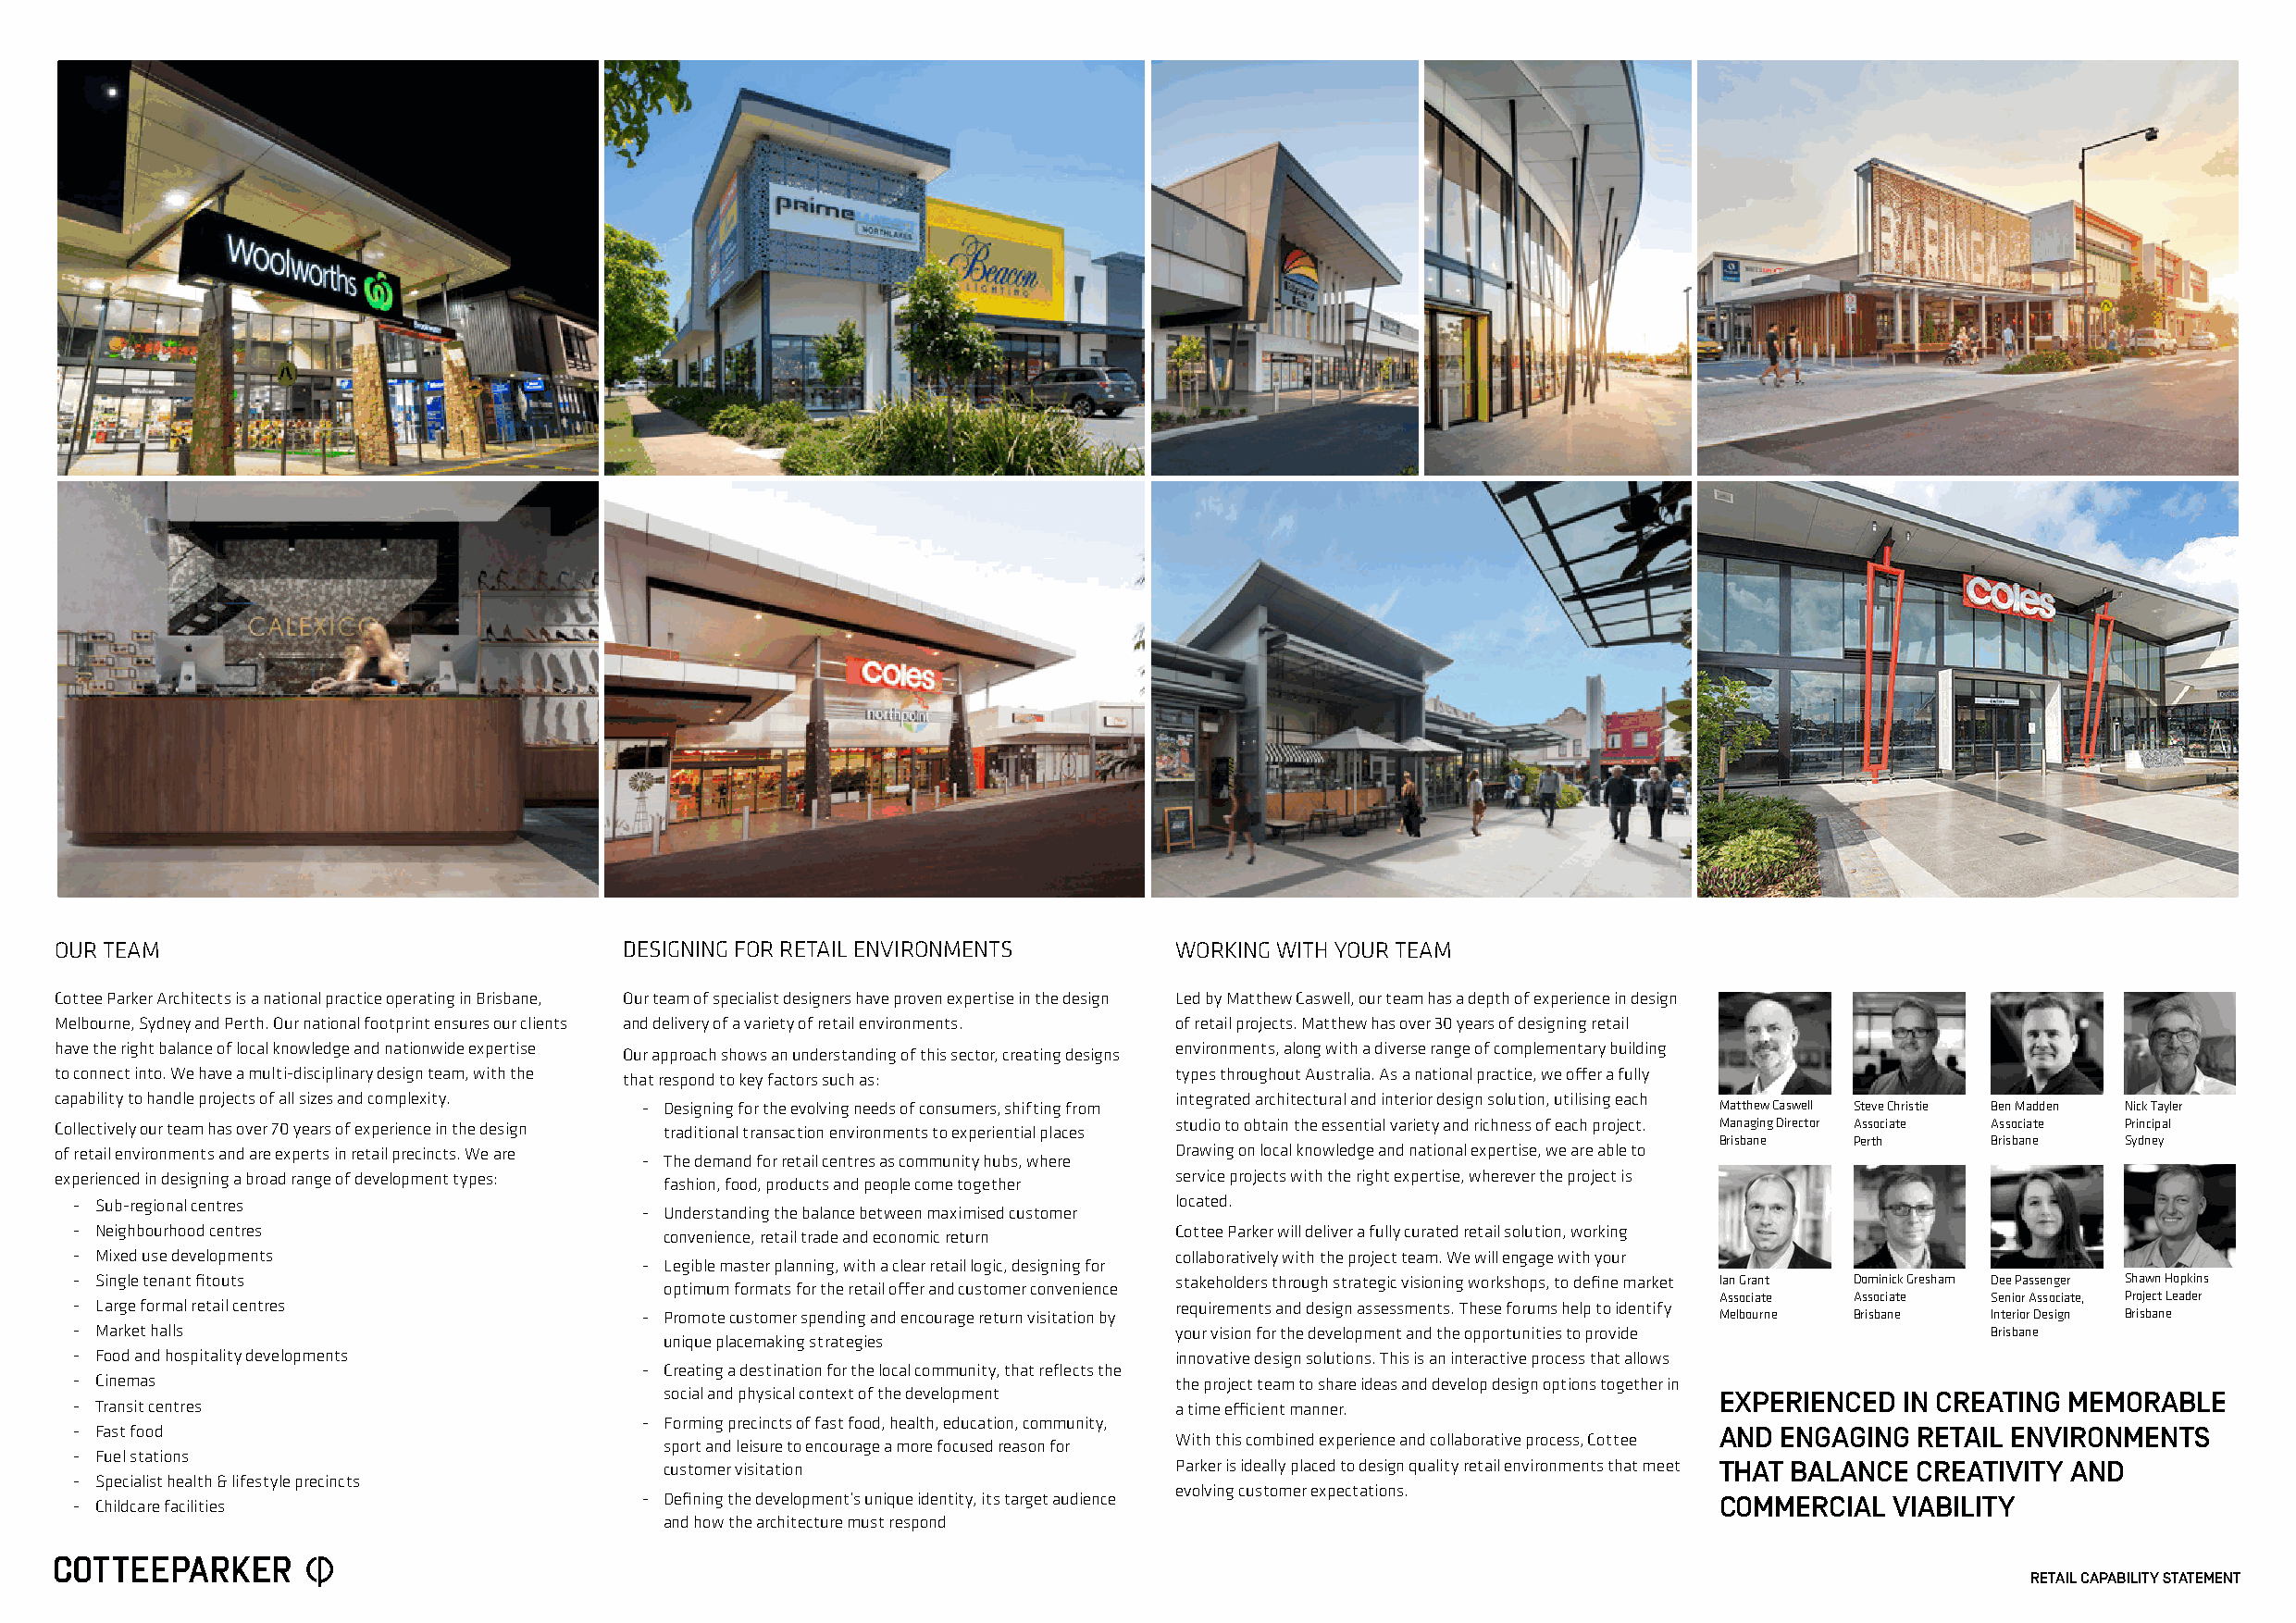
OUR TEAM                                 DESIGNING FOR RETAIL ENVIRONMENTS      WORKING WITH YOUR TEAM
 Cottee Parker Architects is a national practice operating in Brisbane, Our team of specialist designers have proven expertise in the design Led by Matthew Caswell, our team has a depth of experience in design
 Melbourne, Sydney and Perth. Our national footprint ensures our clients and delivery of a variety of retail environments. of retail projects. Matthew has over 30 years of designing retail
 have the right balance of local knowledge and nationwide expertise Our approach shows an understanding of this sector, creating designs environments, along with a diverse range of complementary building
 to connect into. We have a multi-disciplinary design team, with the that respond to key factors such as: types throughout Australia. As a national practice, we offer a fully
 capability to handle projects of all sizes and complexity.                      integrated architectural and interior design solution, utilising each
 - Designing for the evolving needs of consumers, shifting from               Matthew Caswell Steve Christie Ben Madden Nick Tayler
 Collectively our team has over 70 years of experience in the design traditional transaction environments to experiential places studio to obtain the essential variety and richness of each project. Managing Director Associate Associate Principal
 Brisbane  Perth    Brisbane  Sydney
 of retail environments and are experts in retail precincts. We are              Drawing on local knowledge and national expertise, we are able to
 - The demand for retail centres as community hubs, where
 experienced in designing a broad range of development types: fashion, food, products and people come together service projects with the right expertise, wherever the project is
 - Sub-regional centres                                                         located.
 - Understanding the balance between maximised customer
 - Neighbourhood centres                   convenience, retail trade and economic return Cottee Parker will deliver a fully curated retail solution, working
 - Mixed use developments                                                       collaboratively with the project team. We will engage with your
 - Legible master planning, with a clear retail logic, designing for
 - Single tenant fitouts                                                        stakeholders through strategic visioning workshops, to define market Ian Grant Dominick Gresham Dee Passenger Shawn Hopkins
 optimum formats for the retail offer and customer convenience
 Associate Associate Senior Associate, Project Leader
 - Large formal retail centres                                                  requirements and design assessments. These forums help to identify
 - Promote customer spending and encourage return visitation by               Melbourne Brisbane Interior Design Brisbane
 - Market halls                                                                 your vision for the development and the opportunities to provide Brisbane
 unique placemaking strategies
 - Food and hospitality developments                                            innovative design solutions. This is an interactive process that allows
 - Creating a destination for the local community, that reflects the
 - Cinemas                                                                      the project team to share ideas and develop design options together in
 social and physical context of the development                              EXPERIENCED  IN CREATING MEMORABLE
 - Transit centres                                                              a time efficient manner.
 - Forming precincts of fast food, health, education, community,
 - Fast food                                                                                                           AND ENGAGING  RETAIL ENVIRONMENTS
 With this combined experience and collaborative process, Cottee
 sport and leisure to encourage a more focused reason for
 - Fuel stations
 customer visitation                  Parker is ideally placed to design quality retail environments that meet THAT BALANCE CREATIVITY AND
 - Specialist health & lifestyle precincts
 evolving customer expectations.
 - Childcare facilities                   - Defining the development’s unique identity, its target audience            COMMERCIAL  VIABILITY
 and how the architecture must respond
 RETAIL CAPABILITY STATEMENT